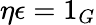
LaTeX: \eta\epsilon=1_{G}